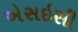
એસઇસી